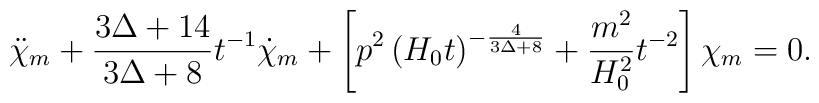
\ddot{\chi}_{m} + \frac{3 \Delta+14}{3 \Delta+8} t^{-1} \dot{\chi}_{m}+ \left[ p^{2} \left( H_{0} t \right)^{- \frac{4}{3 \Delta+8}} + \frac{m^{2}}{H_{0}^{2}} t^{-2} \right] \chi_{m} = 0.